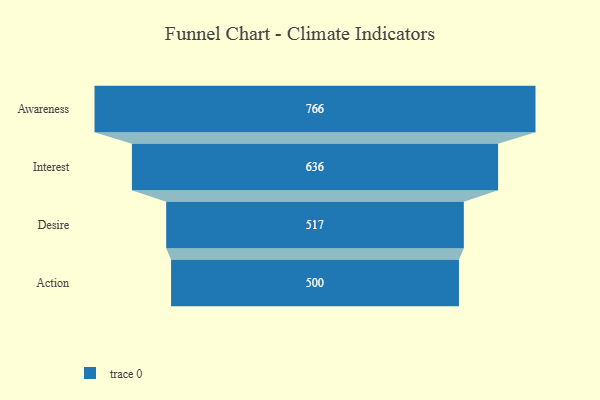
{"axis": {"x": "Stage", "y": "Value"}, "legend": [""], "data": [{"x": "Awareness", "y": 766.0, "type": ""}, {"x": "Interest", "y": 636.0, "type": ""}, {"x": "Desire", "y": 517.0, "type": ""}, {"x": "Action", "y": 500, "type": ""}]}